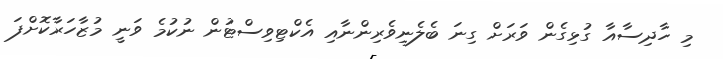
މި ހާދިސާއާ ގުޅިގެން ވަރަށް ގިނަ ބެލެނިވެރިންނާއި އެކްޓިވިސްޓުން ނުކުމެ ވަނީ މުޒާހަރާކޮށްފަ